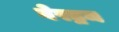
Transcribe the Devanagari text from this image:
बेरट्रम